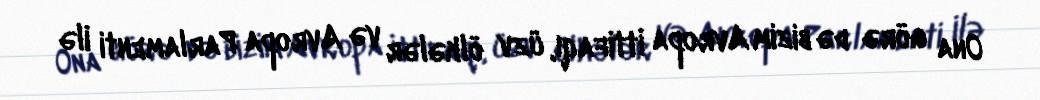
Ona görə də bizim Avropa İttifaqı, üzv ölkələr və Avropa Parlamenti ilə